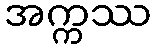
အက္ကဿ